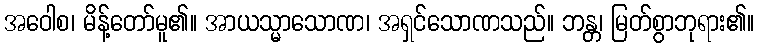
အဝေါစ၊ မိန့်တော်မူ၏။ အာယသ္မာသောဏ၊ အရှင်သောဏသည်။ ဘန္တ၊ မြတ်စွာဘုရား၏။